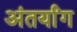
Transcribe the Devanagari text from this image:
अंतर्यांग